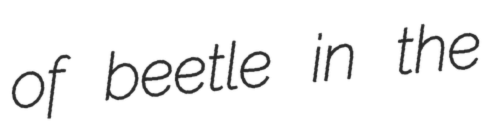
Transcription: of beetle in the